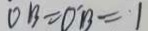
O B = O ^ { \prime } B = 1